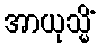
အာယုသ္မိံ